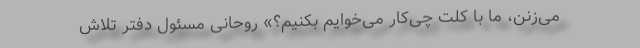
می‌زنن، ما با کلت چی‌کار می‌خوایم بکنیم؟» روحانی مسئول دفتر تلاش